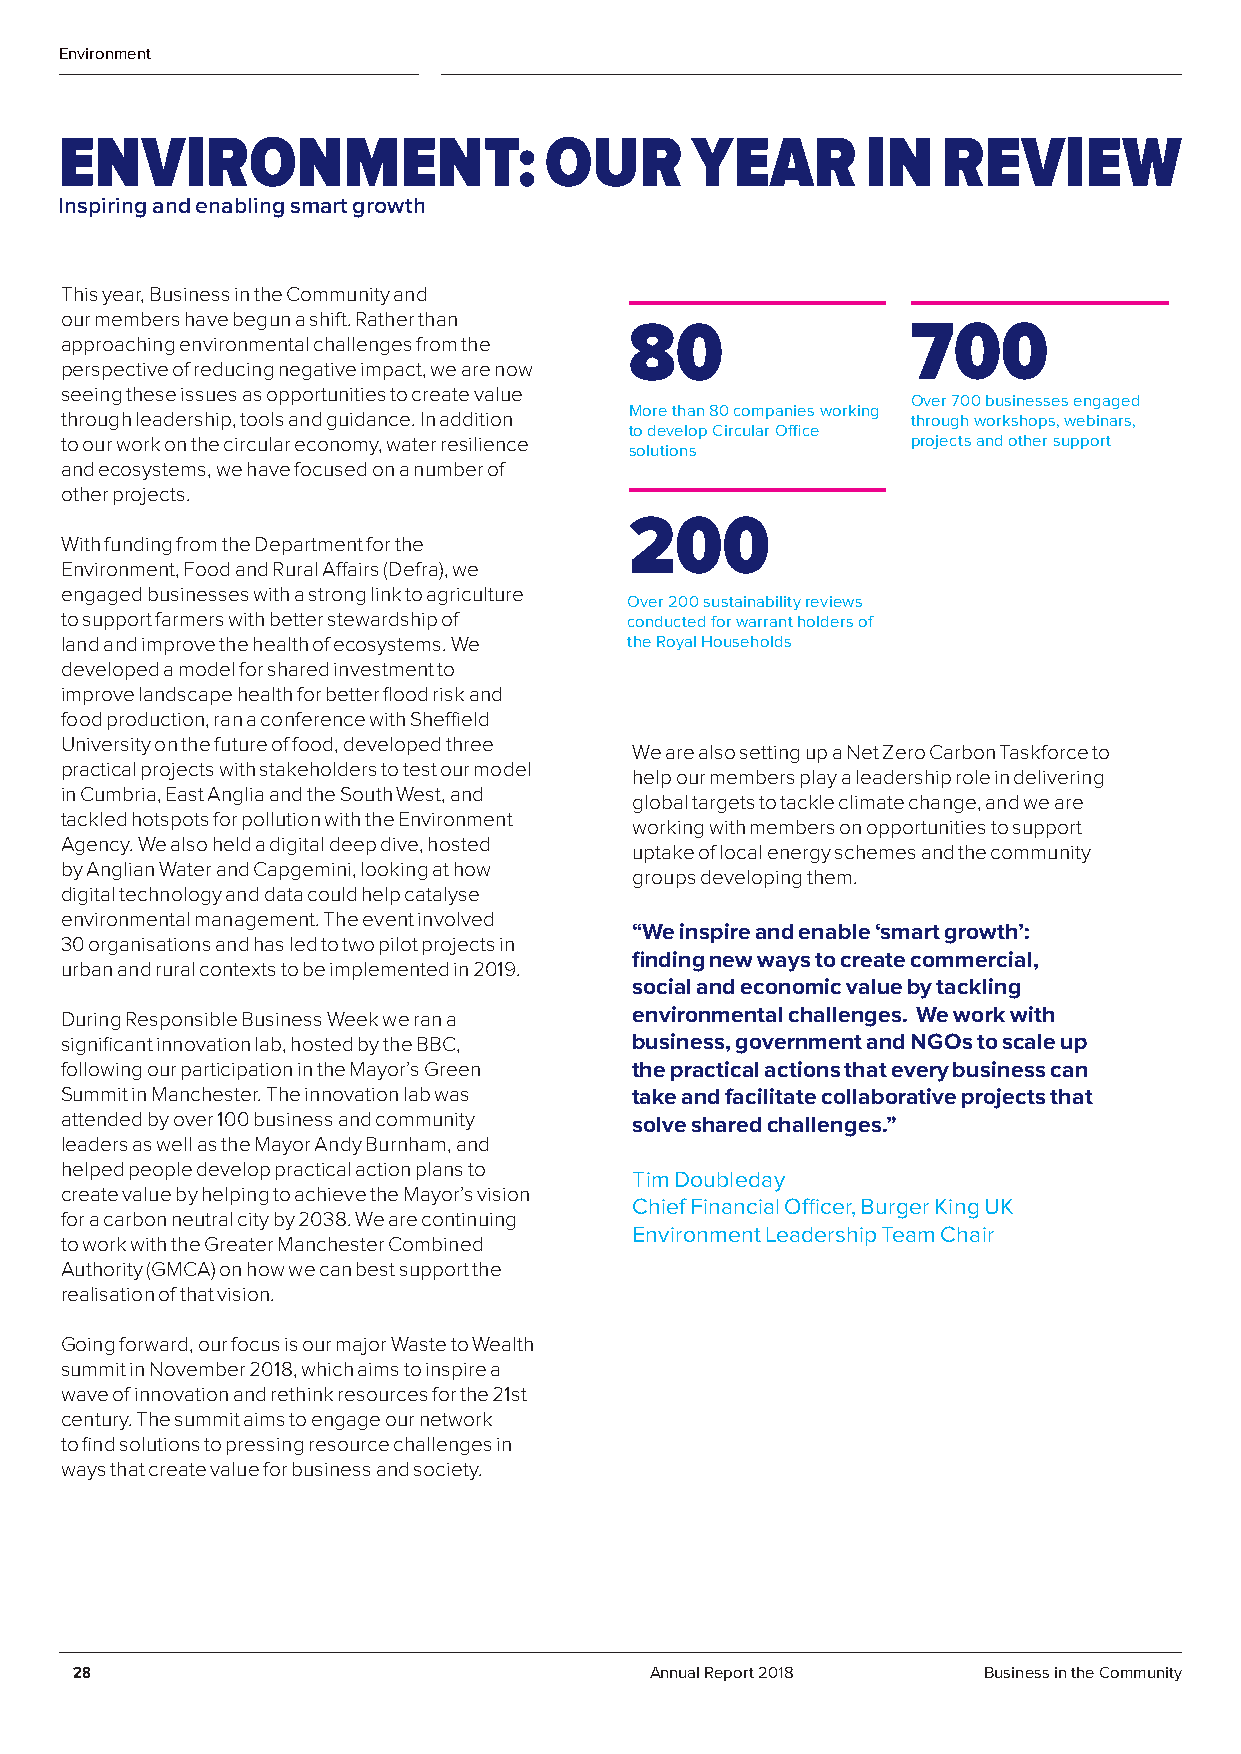
Environment
 ENVIRONMENT:                    OUR       YEAR       IN   REVIEW
 Inspiring and enabling smart growth
 This year, Business in the Community and
 our members have begun a shift. Rather than
 80                700
 approaching environmental challenges from the
 perspective of reducing negative impact, we are now
 seeing these issues as opportunities to create value
 Over 700 businesses engaged
 More than 80 companies working
 through leadership, tools and guidance. In addition     through workshops, webinars,
 to develop Circular Office
 to our work on the circular economy, water resilience   projects and other support
 solutions
 and ecosystems, we have focused on a number of
 other projects.
 200
 With funding from the Department for the
 Environment, Food and Rural Affairs (Defra), we
 engaged businesses with a strong link to agriculture
 Over 200 sustainability reviews
 to support farmers with better stewardship of conducted for warrant holders of
 land and improve the health of ecosystems. We the Royal Households
 developed a model for shared investment to
 improve landscape health for better flood risk and
 food production, ran a conference with Sheffield
 University on the future of food, developed three
 We are also setting up a Net Zero Carbon Taskforce to
 practical projects with stakeholders to test our model
 help our members play a leadership role in delivering
 in Cumbria, East Anglia and the South West, and
 global targets to tackle climate change, and we are
 tackled hotspots for pollution with the Environment
 working with members on opportunities to support
 Agency. We also held a digital deep dive, hosted
 uptake of local energy schemes and the community
 by Anglian Water and Capgemini, looking at how
 groups developing them.
 digital technology and data could help catalyse
 environmental management. The event involved
 “We inspire and enable ‘smart growth’:
 30 organisations and has led to two pilot projects in
 finding new ways to create commercial,
 urban and rural contexts to be implemented in 2019.
 social and economic value by tackling
 During Responsible Business Week we ran a environmental challenges. We work with
 significant innovation lab, hosted by the BBC, business, government and NGOs to scale up
 following our participation in the Mayor’s Green the practical actions that every business can
 Summit in Manchester. The innovation lab was take and facilitate collaborative projects that
 attended by over 100 business and community solve shared challenges.”
 leaders as well as the Mayor Andy Burnham, and
 helped people develop practical action plans to
 Tim Doubleday
 create value by helping to achieve the Mayor’s vision
 Chief Financial Officer, Burger King UK
 for a carbon neutral city by 2038. We are continuing
 Environment Leadership Team Chair
 to work with the Greater Manchester Combined
 Authority (GMCA) on how we can best support the
 realisation of that vision.
 Going forward, our focus is our major Waste to Wealth
 summit in November 2018, which aims to inspire a
 wave of innovation and rethink resources for the 21st
 century. The summit aims to engage our network
 to find solutions to pressing resource challenges in
 ways that create value for business and society.
 28                                    Annual Report 2018    Business in the Community